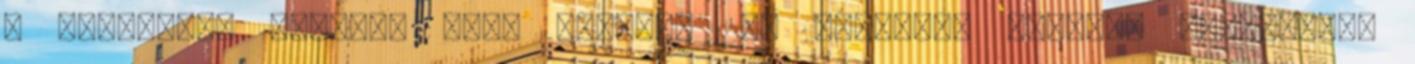
a fékezésre további két, mintegy 26. Kérdezte Huddie. Imbolyogva